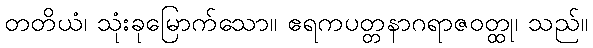
တတိယံ၊ သုံးခုမြောက်သော။ ဧရကပတ္တနာဂရာဇဝတ္ထု၊ သည်။